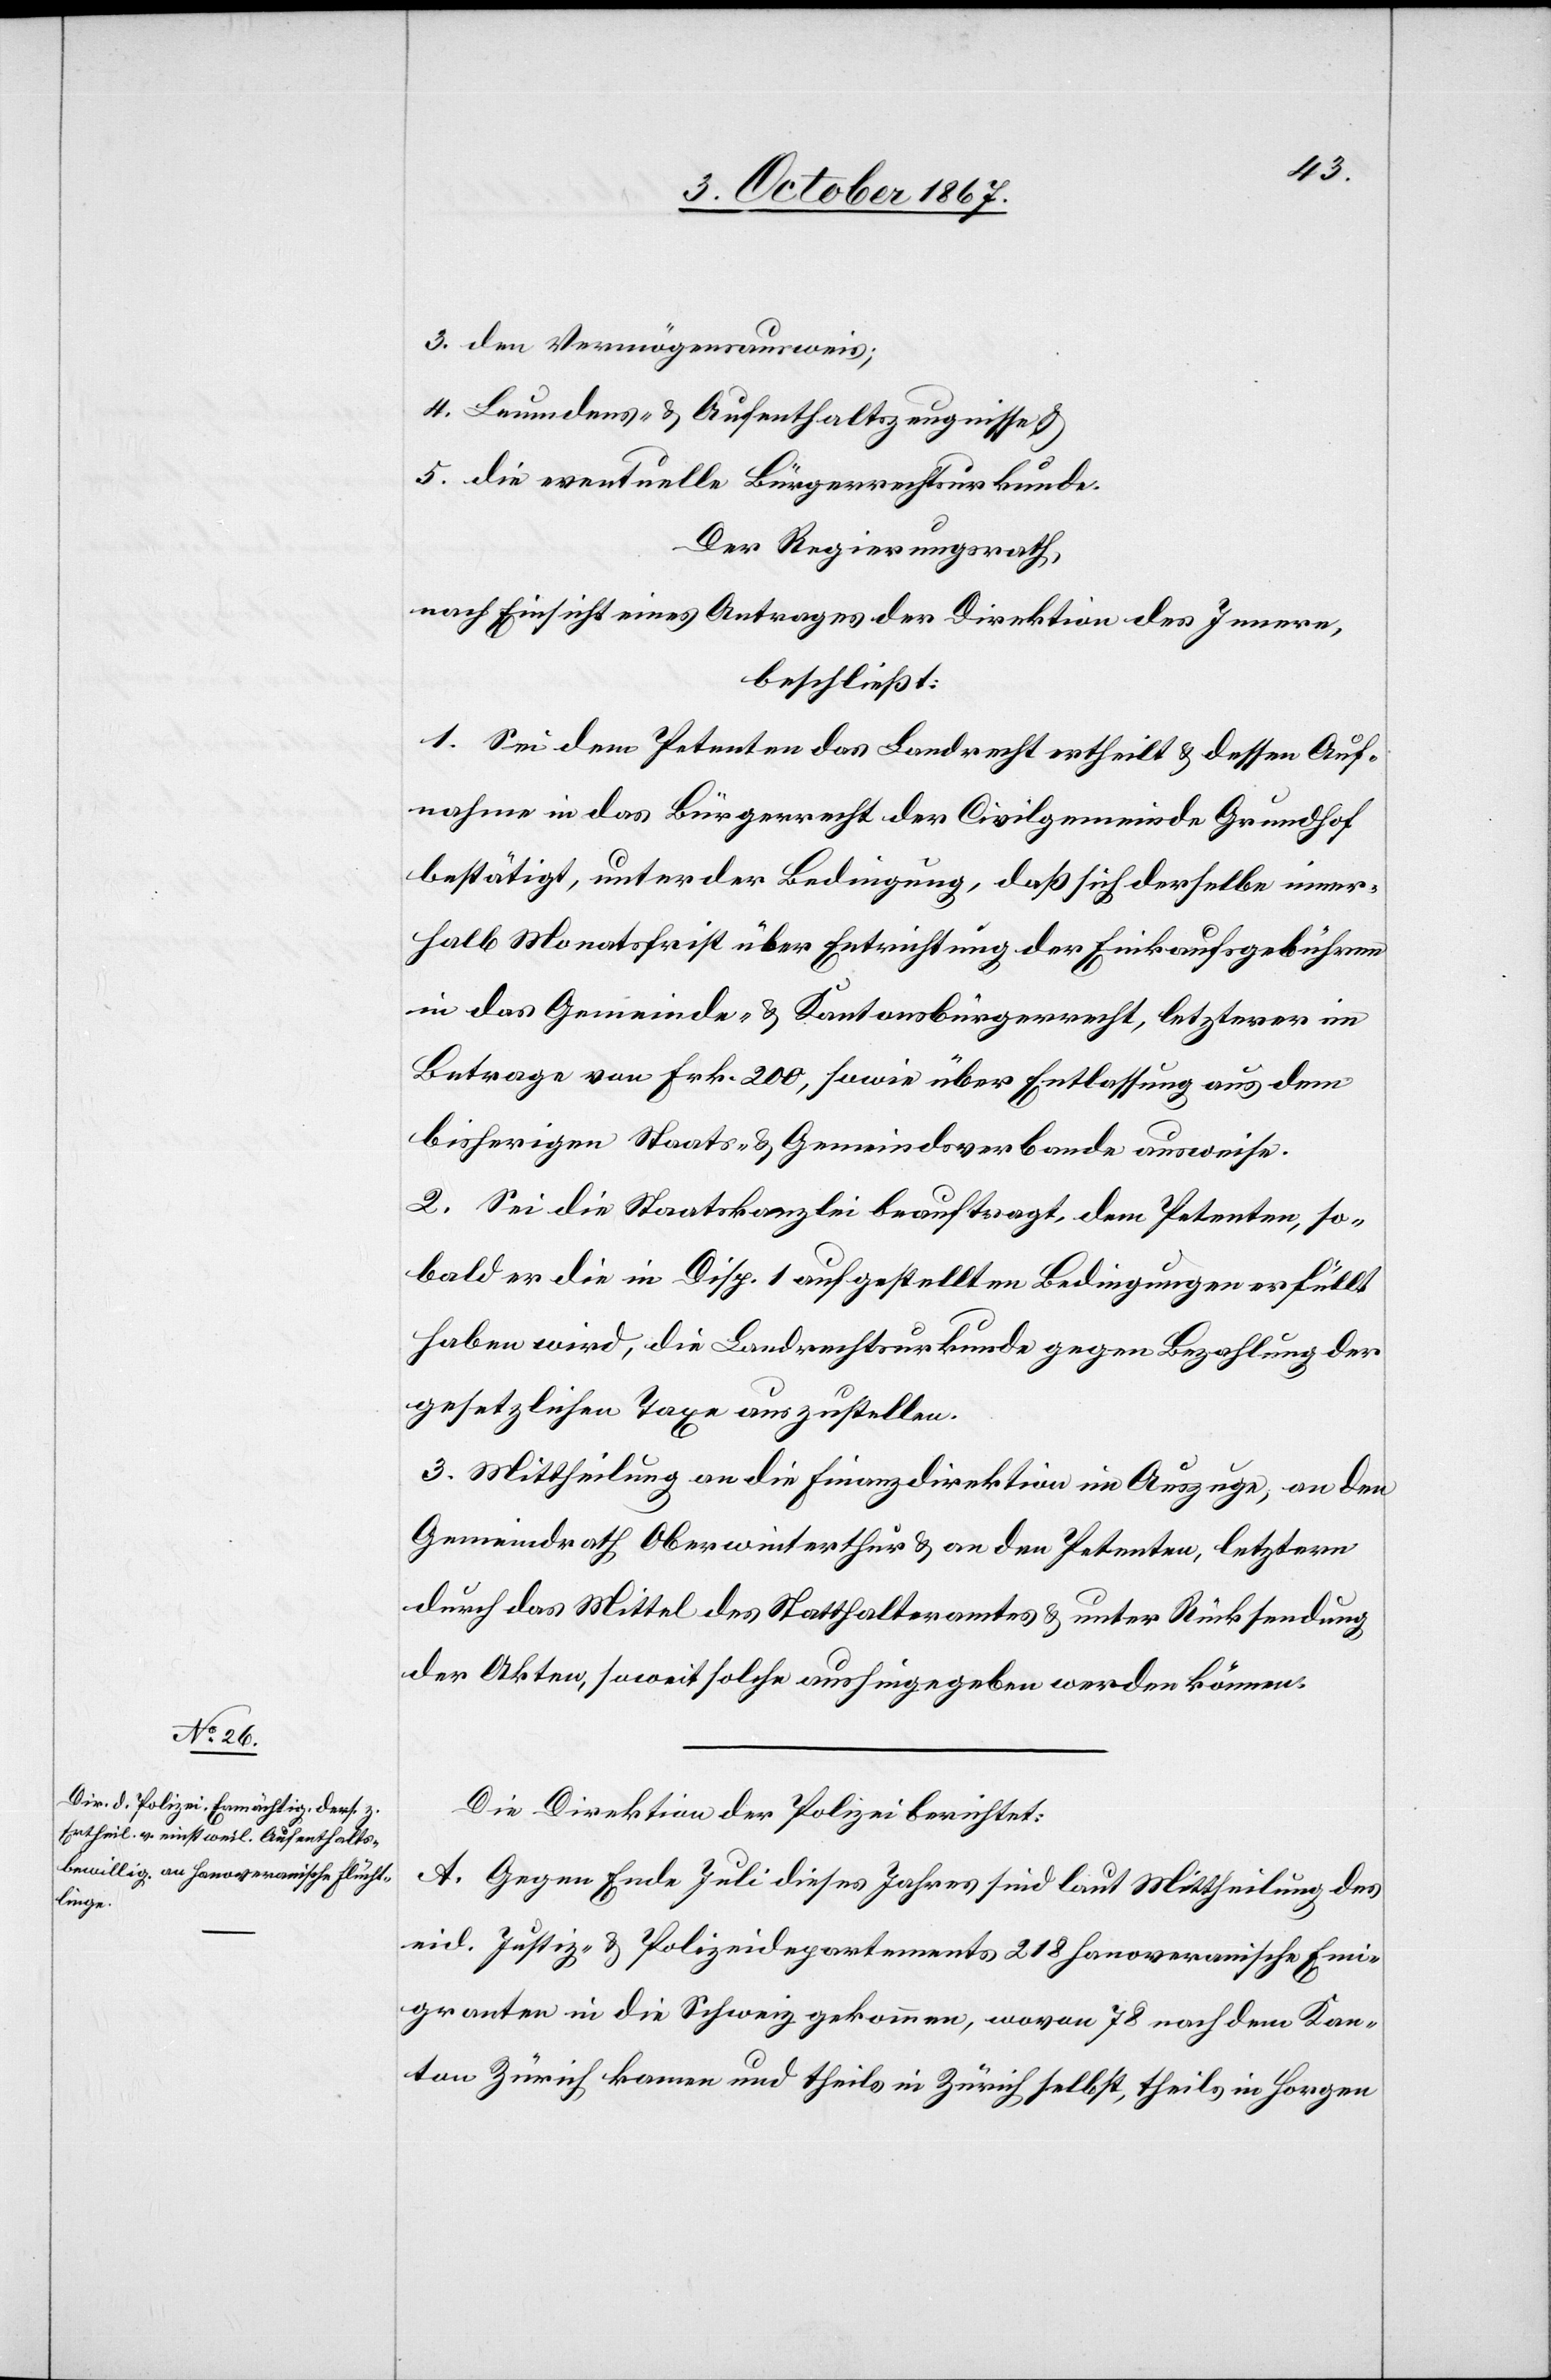
Emi¬
3. den Vermögensausweis;
4. Leumdens- u. Afenthaltszeugnisse u.
5. die eventuelle Bürgerrechtsurkunde.
Der Regierungsrath,
nach Einsicht eines Antrages der Direktion des Innern,
beschließt:
1. Sei dem Petenten das Landrecht ertheilt u. dessen Auf¬
nahme in das Bürgerrecht der Civilgemeinde Grundhof
bestätigt, unter der Bedingung, daß sich derselbe inner¬
halb Monatsfrist über Entrichtung der Einkaufsgebühren
in das Gemeinde- u. Kantonsbürgerrecht, letzterer im
Betrage von Frk. 200, sowie über Entlassung aus dem
bisherigen Staats- u. Gemeindsverbande ausweise.
2. Sei die Staatskanzlei beauftragt, dem Petenten, so¬
bald er die in Disp. 1 aufgestellten Bedingungen erfüllt
haben wird, die Landrechtsurkunde gegen Bezahlung der
gesetzlichen Taxe auszustellen.
3. Mittheilung an die Finanzdirektion im Auszuge, an den
Gemeindrath Oberwinterthur u. an den Petenten, letztern
durch das Mittel des Statthalteramtes u. unter Rücksendung
der Akten, soweit solche aushingegeben werden können.
Die Direktion der Polizei berichtet:
A. Gegen Ende Juli dieses Jahres sind laut MM des eid.
granten in die Schweiz gekommen, wovon 78 nach dem Kan¬
ton Zürich kamen und theils in Zürich selbst, theils in Horgen